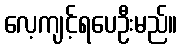
လေ့ကျင့်ရပေဦးမည်။